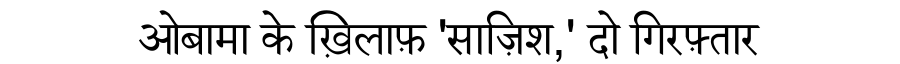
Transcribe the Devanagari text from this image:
ओबामा के ख़िलाफ़ 'साज़िश,' दो गिरफ़्तार